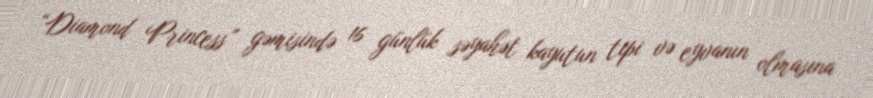
“Diamond Princess” gəmisində 16 günlük səyahət kayutun tipi və eyvanın olmasına